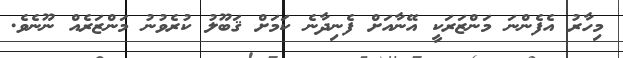
މިހާރު އެފެންނަ މަންޒަރަކީ އޭނާއަށް ފެނިދާނެ ކަމަށް ޤަބޫލު ކުރެވުނު މަންޒަރެއް ނޫނެވެ.